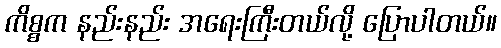
ကိစ္စက နည်းနည်း အရေးကြီးတယ်လို့ ပြောပါတယ်။